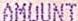
AMOUNT